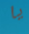
يا